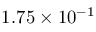
1 . 7 5 \times 1 0 ^ { - 1 }